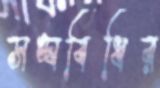
সঙ্ঘবিধির